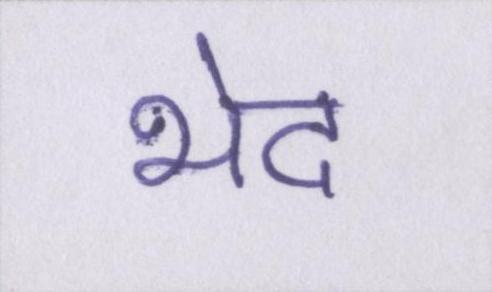
भेद